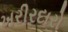
ખરીરદારો